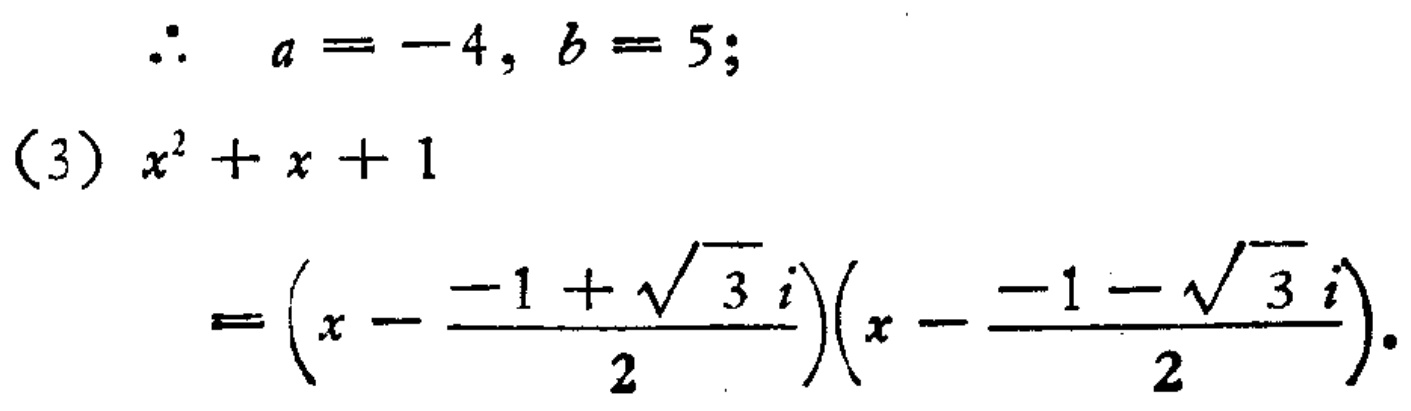
\(\therefore a = -4, b = 5;\)

(3) \(x^{2}+x + 1\)

\(=\left(x - \dfrac{-1+\sqrt{3}i}{2}\right)\left(x - \dfrac{-1 - \sqrt{3}i}{2}\right).\)